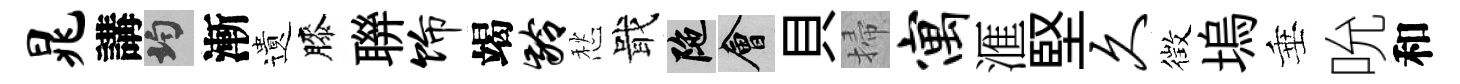
晁講均漸遺膝聨饰竭龄愁戢陀會貝掃寓滙堅久徴塢垂吮和